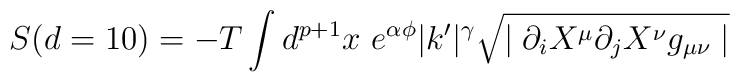
S (d=10) = -T \int d^{p+1}x \hspace{4pt} e^{\alpha\phi} |k^\prime|^\gamma\sqrt{\mid \partial_i X^{\mu} \partial_j X^{\nu} g_{\mu\nu} \mid}